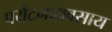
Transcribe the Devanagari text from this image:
पर्यटनव्यवसाय